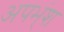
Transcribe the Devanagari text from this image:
अपभ्ंश